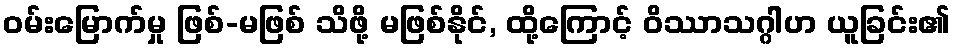
ဝမ်းမြောက်မှု ဖြစ်-မဖြစ် သိဖို့ မဖြစ်နိုင်, ထို့ကြောင့် ဝိဿာသဂ္ဂါဟ ယူခြင်း၏